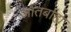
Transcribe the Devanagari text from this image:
आंतर्बाह्य